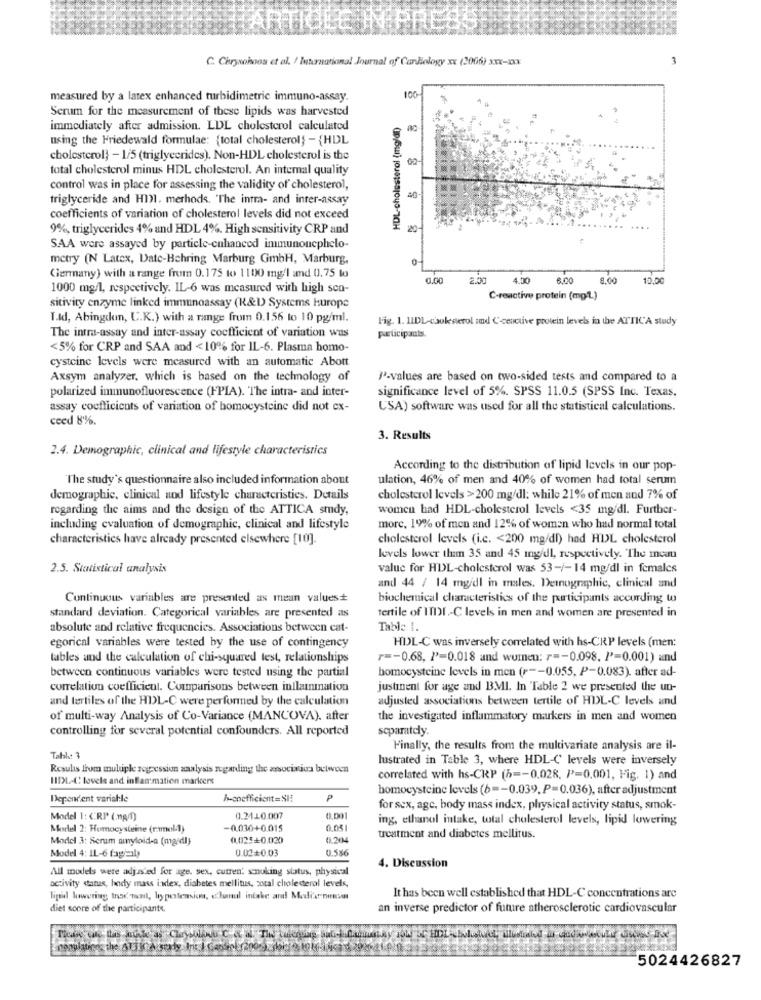
C. Chryahoos et al. / International Journal of Cardiology xx (2006) xxx-x
100
measured by a latex enhanced turbidimetric immuno-assay.
Serum for the measurement of these lipids was harvested
HDL-cholesterol (mg/dl)
immediately after admission. LDL cholesterol calculated
using the Friedewald formulae: {total cholesterol} - {HDL
cholesterol} - 1/5 (triglycerides). Non-HDL cholesterol is the
total cholesterol minus HDL cholesterol. An internal quality
control was in place for assessing the validity of cholesterol,
triglyceride and HDMI. methods. "The intra- and inter-assay
40
coefficients of variation of cholesterol levels did not exceed
9%, triglycerides 4% and HDL 4%. High sensitivity CRP and
20
SAA were assayed by particle-enhanced immunonephelo-
metry (N Latex, Date-Behring Marburg GmbH, Marburg,
Germany) with a range from 0.175 to 1100 mg/l and 0.75 to
0.00
2.00
4.00
6,00
8.00
10.0
1000 mg/l, respectively. IL-6 was measured with high sen-
sitivity enzyme linked immunoassay (R&D) Systems Hurope
C-reactive protein (mg/L.)
T.ld, Abingikem, C.K.) with a range from 0.156 to 10 pg/ml.
Fig. 1. LIDL-cholesterol and Cceactive protein levels in the ATTIC'A study
The intra-assay and inter-assay coefficient of variation was
participants.
<5% for CRP and SAA and < 10% for IL-6. Plasma homo-
cysteine levels were measured with an automatic Abott
Axsym analyzer, which is based on the technology of
3ª-values are based on two-sided tests and compared to a
polarized immunofluorescence (FPIA). The intra- and inter-
significance level of 5%. SPSS 11.0.5 (SPSS Inc. Texas,
assay coefficients of variation of homocysteine did not ex-
USA) software was used for all the statistical calculations.
ceed 8%.
3. Results
2.4. Demographic, clinical and lifestyle characteristics
According to the distribution of lipid levels in our pop-
The study's questionnaire also included information about
ulation, 46% of men and 40% of women had total serum
demographic, clinical and lifestyle characteristics. Details
cholesterol levels >200 mg/dl: while 21% of men and 7% of
regarding the aims and the design of the ATTICA smdy.
women had HDL-cholesterol levels <35 mg/dl. Further-
including evaluation of demographic, clinical and lifestyle
more, 1% of men and 12% of women who had normal total
characteristics have already presented elsewhere [10].
cholesterol levels (i.c. < 200 mg/dl) had HDL cholesterol
levels lower tham 35 and 45 mg/dl, respectively. The meau
2.5. Statistical analysis
value for HDL-cholesterol was 53-/-14 mg/dl in females
and 44 / 14 mg/dl in males. Detnographic, clinical and
Continuous variables are presented as mean values#
biochemical characteristics of the participants according w
tertile of ITDI .- C levels in men and women are presented in
standard deviation. Categorical variables are presented as
absolute and relative frequencies. Associations between cat-
Table 1.
HDL-C was inversely correlated with hs-CRP levels (men:
egorical variables were tested by the use of contingency
tables and the calculation of chi-squared test, relationships
r =- 0.68, l'=0.018 and women: r =- 0.098. /'=0.001) and
between continuous variables were tested using the partial
homocysteine levels in men (r -- 0.055, P-0.083). after ad-
correlation coefficient. Comparisons between inflammation
justinent for age and BMI. In Table 2 we presented the un-
and tertiles of the HDL-C were performed by the calculation
adjusted associations between tertile of HDL-C levels and
of multi-way Analysis of Co-Variance (MANCOVA). after
the investigated inflammatory markers in men and women
controlling for several potential confounders. All reported
separately.
Finally, the results from the multivariate analysis are il-
Table: 3
lustrated in Table 3, where HDL-C levels were inversely
Results from multiple regression zaalysis regarding the association between
HIDL-C lovele and inflammation markers
correlated with hs-CRP (h =- 0,028, P=0,001, Fig. 1) and
homocysteine levels (6 =- 0.039. P=0.036), after adjustment
Dependent variable
h-coefficient=SI!
P
for sex, agc, body mass index, physical activity status, smok-
Model 1: (RI (.mg/l)
0.24.10.007
0.001
ing, ethanol intake, total cholesterol levels, lipid lowering
Mortel 2: Homocysteine (rmol-)
-0.030+0.015
0,05
Model 3: Serum amyloid-a (mardl)
01.025+0.020)
0.204
treatment and diabetes mellitus.
0.02+0.03
0.586
Model 4: IL-6 tagal
All models were adjusted for age, sex, cutren' smoking status, physical
4. Discussion
activity «tanas, body mass index, diabetes mellitus, sotal cholesterol levels,
ligail lowering trad. mat, hypertension, clonul intake and Malik nossa
It has been well established that HDL-C concentrations are
diet score of the participants.
an inverse predictor of future atherosclerotic cardiovascular
5024426827